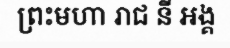
ព្រះមហា រាជ នី អង្គ